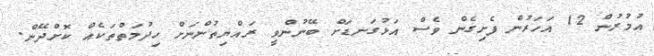
އުމުރުން 12 އަހަރުން ފެށިގެން ވެސް އަޅުގަނޑަށް ބޭނުންވީ ރައްޔިތުންނަށް ހިދުމަތްތަކެއް ކޮށްދޭން.